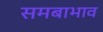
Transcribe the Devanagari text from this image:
समबाभाव